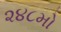
૨૪૮મો